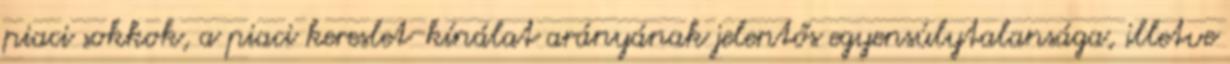
piaci sokkok, a piaci kereslet-kínálat arányának jelentős egyensúlytalansága, illetve